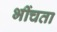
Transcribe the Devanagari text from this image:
भींचता